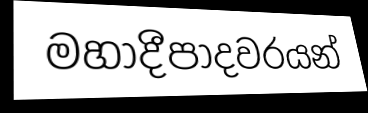
මහාදීපාදවරයන්